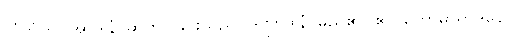
လှံတံကို။ အာဒါနံ၊ ဆွဲကိုင်ခြင်းသည်။ ဒဏ္ဍာဒါနံ၊ မည်၏။ ဧကတောဓာရာဒိနော၊